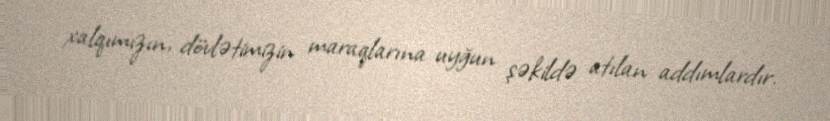
xalqımızın, dövlətimizin maraqlarına uyğun şəkildə atılan addımlardır.